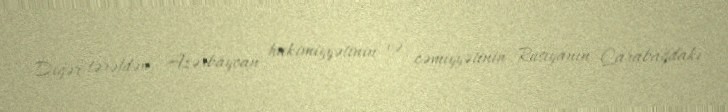
Digər tərəfdən, Azərbaycan hakimiyyətinin və cəmiyyətinin Rusiyanın Qarabağdakı